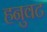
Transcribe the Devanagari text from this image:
हनुवट